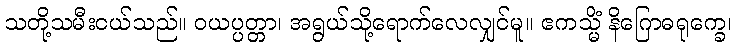
သတို့သမီးငယ်သည်။ ဝယပ္ပတ္တာ၊ အရွယ်သို့ရောက်လေလျှင်မူ။ ဧကသ္မိံ နိဂြောဓရုက္ခေ၊